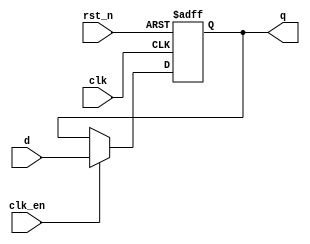
module parameterized_register #(
    parameter WIDTH = 8,          // Parameter for register width
    parameter RESET_VALUE = 0     // Parameter for reset value
)(
    input wire clk,               // Clock input
    input wire rst_n,             // Asynchronous active-low reset
    input wire clk_en,            // Clock enable input (optional)
    input wire [WIDTH-1:0] d,     // Data input
    output reg [WIDTH-1:0] q      // Data output
);

    // Always block for synchronous operation with asynchronous reset
    always @(posedge clk or negedge rst_n) begin
        if (!rst_n) begin
            q <= RESET_VALUE;      // Asynchronous reset
        end else if (clk_en) begin
            q <= d;                // Capture data on clock edge if enabled
        end
    end

endmodule